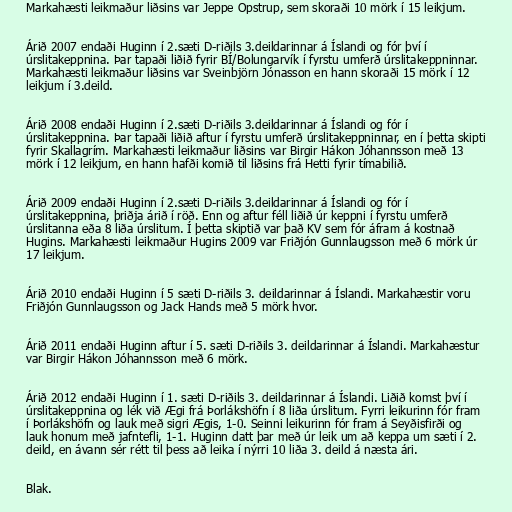
Markahæsti leikmaður liðsins var Jeppe Opstrup, sem skoraði 10 mörk í 15 leikjum.

Árið 2007 endaði Huginn í 2.sæti D-riðils 3.deildarinnar á Íslandi og fór því í
úrslitakeppnina. Þar tapaði liðið fyrir BÍ/Bolungarvík í fyrstu umferð úrslitakeppninnar.
Markahæsti leikmaður liðsins var Sveinbjörn Jónasson en hann skoraði 15 mörk í 12
leikjum í 3.deild.

Árið 2008 endaði Huginn í 2.sæti D-riðils 3.deildarinnar á Íslandi og fór í
úrslitakeppnina. Þar tapaði liðið aftur í fyrstu umferð úrslitakeppninnar, en í þetta skipti
fyrir Skallagrím. Markahæsti leikmaður liðsins var Birgir Hákon Jóhannsson með 13
mörk í 12 leikjum, en hann hafði komið til liðsins frá Hetti fyrir tímabilið.

Árið 2009 endaði Huginn í 2.sæti D-riðils 3.deildarinnar á Íslandi og fór í
úrslitakeppnina, þriðja árið í röð. Enn og aftur féll liðið úr keppni í fyrstu umferð
úrslitanna eða 8 liða úrslitum. Í þetta skiptið var það KV sem fór áfram á kostnað
Hugins. Markahæsti leikmaður Hugins 2009 var Friðjón Gunnlaugsson með 6 mörk úr
17 leikjum.

Árið 2010 endaði Huginn í 5 sæti D-riðils 3. deildarinnar á Íslandi. Markahæstir voru
Friðjón Gunnlaugsson og Jack Hands með 5 mörk hvor.

Árið 2011 endaði Huginn aftur í 5. sæti D-riðils 3. deildarinnar á Íslandi. Markahæstur
var Birgir Hákon Jóhannsson með 6 mörk.

Árið 2012 endaði Huginn í 1. sæti D-riðils 3. deildarinnar á Íslandi. Liðið komst því í
úrslitakeppnina og lék við Ægi frá Þorlákshöfn í 8 liða úrslitum. Fyrri leikurinn fór fram
í Þorlákshöfn og lauk með sigri Ægis, 1-0. Seinni leikurinn fór fram á Seyðisfirði og
lauk honum með jafntefli, 1-1. Huginn datt þar með úr leik um að keppa um sæti í 2.
deild, en ávann sér rétt til þess að leika í nýrri 10 liða 3. deild á næsta ári.

Blak.